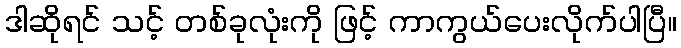
ဒါဆိုရင် သင့် တစ်ခုလုံးကို ဖြင့် ကာကွယ်ပေးလိုက်ပါပြီ။